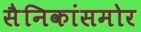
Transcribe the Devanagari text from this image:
सैनिकांसमोर